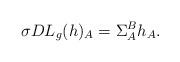
LaTeX: \begin{align*} \sigma DL_g(h)_A=\Sigma_A^B h_A.\end{align*}